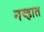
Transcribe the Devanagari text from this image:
नव्हात